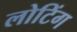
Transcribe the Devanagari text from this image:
लोटिंग